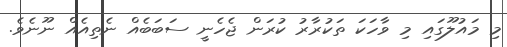
މި މައުލޫގައި މި ވާހަކަ ތަކުރާރު ކުރަން ޖެހެނީ ސަބަބެއް ނެތިއެއް ނޫނެވެ.